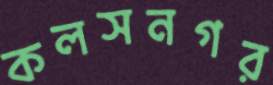
কলসনগর